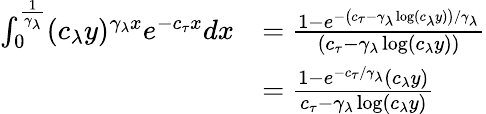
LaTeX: \begin{array}{rl}{\int_{0}^{\frac{1}{\gamma_{\lambda}}}(c_{\lambda}y)^{\gamma_{\lambda}x}e^{-c_{\tau}x}dx}&{=\frac{1-e^{-\left(c_{\tau}-\gamma_{\lambda}\log(c_{\lambda}y)\right)/\gamma_{\lambda}}}{\left(c_{\tau}-\gamma_{\lambda}\log(c_{\lambda}y)\right)}}\\ &{=\frac{1-e^{-c_{\tau}/\gamma_{\lambda}}(c_{\lambda}y)}{c_{\tau}-\gamma_{\lambda}\log(c_{\lambda}y)}}\end{array}